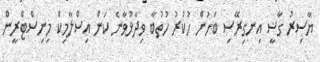
ޔާސިރު ގާޟީ އިނގިރޭސި ބަހުން ހުކުރު ހުތުބާ ވިދާޅުވާނެ ކަން އިސްލާމިކް މިނިސްޓްރީން